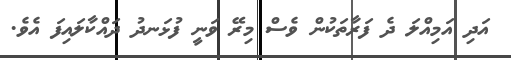
އަދި އަމިއްލަ ދެ ފަރާތަކުން ވެސް މިރޭ ވަނީ ފުޅަނދު ދައްކާލައިފަ އެވެ.